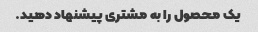
یک محصول را به مشتری پیشنهاد دهید.